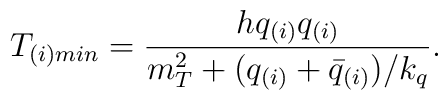
T_{(i) min}={h q_{(i)}q_{(i)} \over m^2_T + (q_{(i)}+\bar q_{(i)})/k_q }.